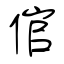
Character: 倌